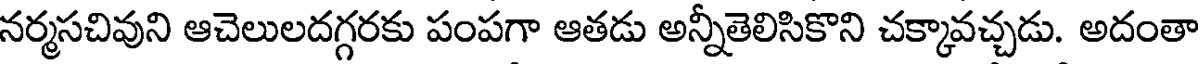
నర్మసచివుని ఆచెలులదగ్గరకు పంపగా ఆతడు అన్నీతెలిసికొని చక్కావచ్చడు. అదంతా